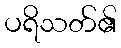
ပရိသတ်၏